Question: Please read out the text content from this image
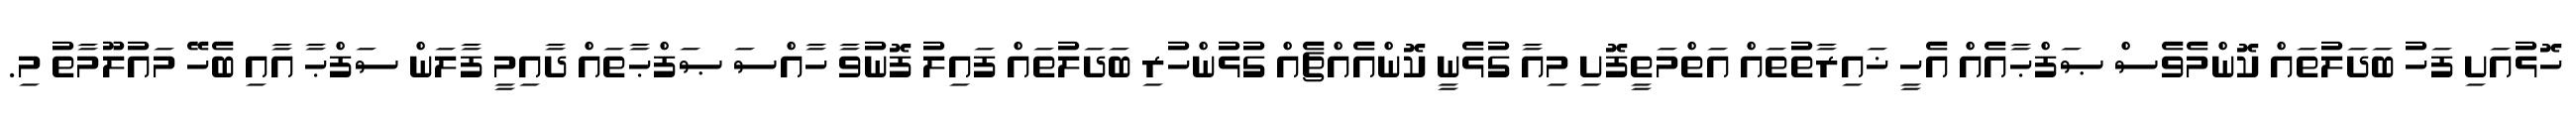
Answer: ހޮޅުއަށި ފަހު ބަދަލުތައް ކޮންމެވެސް ޞަފްޙާއެއް އެހީ ޚައިރާތުތައް އަތްމަތީފޮށި މިއާ ގުޅެނީ ކޮންއެއްޗެއް ގުޅުންހުރި ބަދަލުތައް ފައިލު ފޮނުވާ ހާއްސަ ޞަފްޙާތައް ދާއިމީ ފާލަން ސަފްޙާ އާއި ބެހޭ މައުލޫމާތު މި.